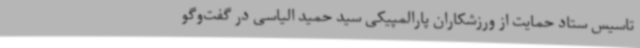
تاسیس ستاد حمایت از ورزشکاران پارالمپیکی سید حمید الیاسی در گفت‌وگو